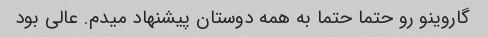
گاروینو رو حتما حتما به همه دوستان پیشنهاد میدم. عالی بود